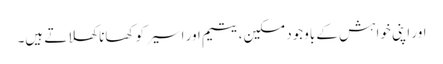
اور اپنی خواہش کے باوجود مسکین، یتیم اور اسیر کو کھانا کھلاتے ہیں۔